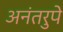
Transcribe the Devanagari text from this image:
अनंतरुपे